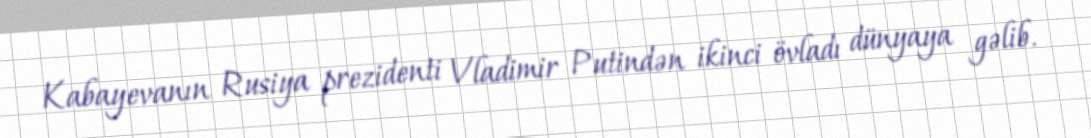
Kabayevanın Rusiya prezidenti Vladimir Putindən ikinci övladı dünyaya gəlib.